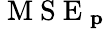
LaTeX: \mathrm{~M~S~E~}_{\textbf{p}}